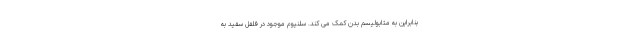
بنابراین به متابولیسم بدن کمک می کند. سلنیوم موجود در فلفل سفید به